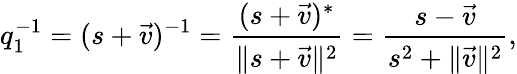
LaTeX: q_{1}^{-1}=(s+{\vec{v}})^{-1}={\frac{(s+{\vec{v}})^{*}}{\lVert s+{\vec{v}}\rVert^{2}}}={\frac{s-{\vec{v}}}{s^{2}+\lVert{\vec{v}}\rVert^{2}}},